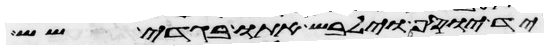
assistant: יד יוסף וילבש אתו בגדי שש